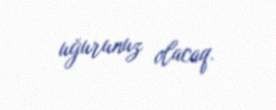
uğurunuz olacaq.